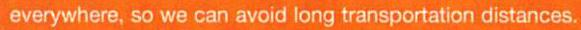
everywhere, so we can avoid long transportation distances.